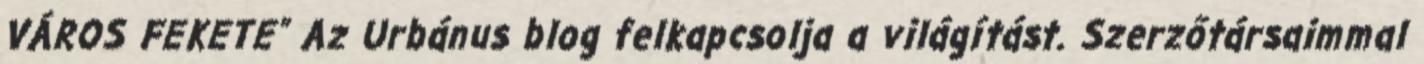
VÁROS FEKETE” Az Urbánus blog felkapcsolja a világítást. Szerzőtársaimmal